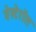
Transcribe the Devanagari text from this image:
वेस्टेरॉस